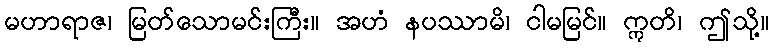
မဟာရာဇ၊ မြတ်သောမင်းကြီး။ အဟံ နပဿာမိ၊ ငါမမြင်။ ဣတိ၊ ဤသို့။